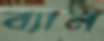
ব্যান